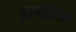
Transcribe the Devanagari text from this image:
ड्रायब्रिज